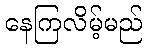
နေကြလိမ့်မည်